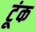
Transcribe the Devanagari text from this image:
टूंक